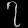
Digit: ၇